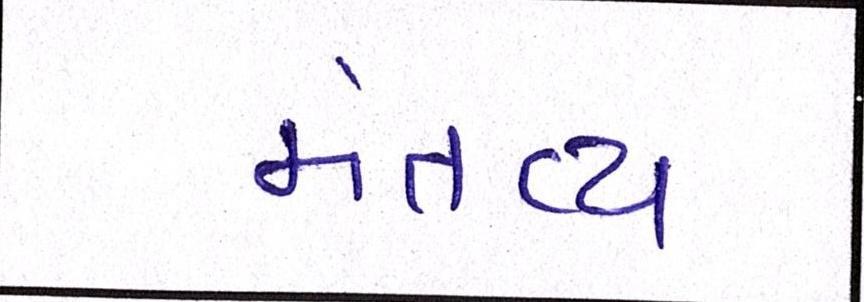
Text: મંતવ્ય